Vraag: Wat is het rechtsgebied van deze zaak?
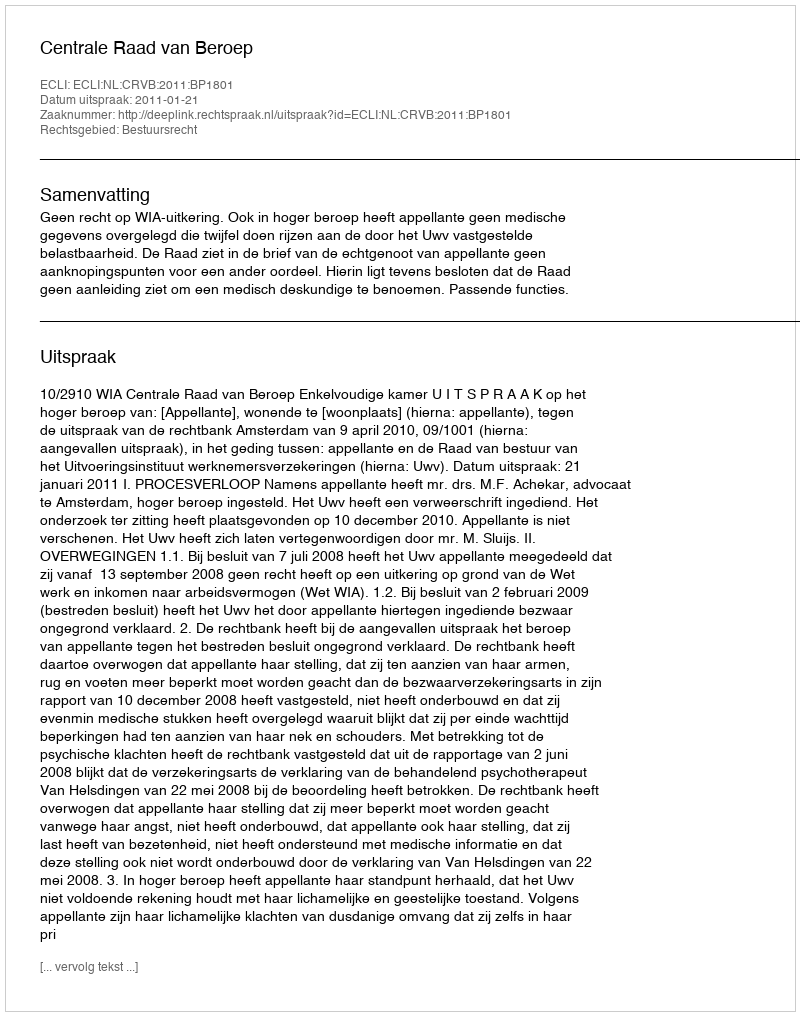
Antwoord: Bestuursrecht